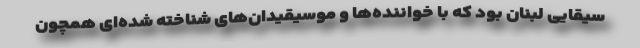
سیقایی لبنان بود که با خواننده‌ها و موسیقیدان‌های شناخته شده‌ای همچون